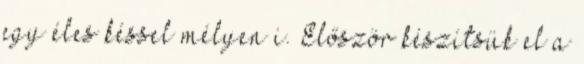
egy éles késsel mélyen i. Először készítsük el a